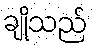
ချိုသည်